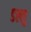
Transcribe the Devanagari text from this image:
डल्लु